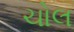
ચોલ